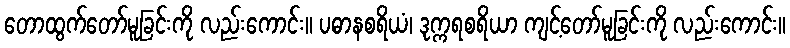
တောထွက်တော်မူခြင်းကို လည်းကောင်း။ ပဓာနစရိယံ၊ ဒုက္ကရစရိယာ ကျင့်တော်မူခြင်းကို လည်းကောင်း။